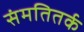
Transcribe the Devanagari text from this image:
संमतितर्क